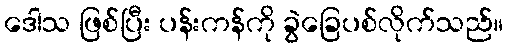
ဒေါသ ဖြစ်ပြီး ပန်းကန်ကို ခွဲခြေပစ်လိုက်သည်။